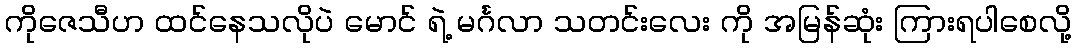
ကိုဇေသီဟ ထင်နေသလိုပဲ မောင် ရဲ့ မင်္ဂလာ သတင်းလေး ကို အမြန်ဆုံး ကြားရပါစေလို့